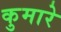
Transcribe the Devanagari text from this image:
कुमारे